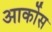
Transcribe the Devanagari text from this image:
आर्कोस